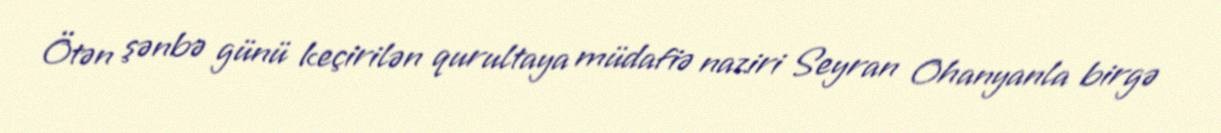
Ötən şənbə günü keçirilən qurultaya müdafiə naziri Seyran Ohanyanla birgə